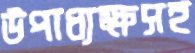
উপাধ্যক্ষসহ